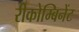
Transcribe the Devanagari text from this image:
रीकोम्बिनेंट